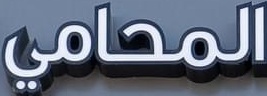
المحامي